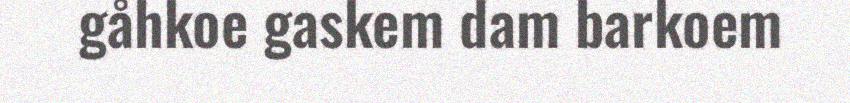
gåhkoe gaskem dam barkoem